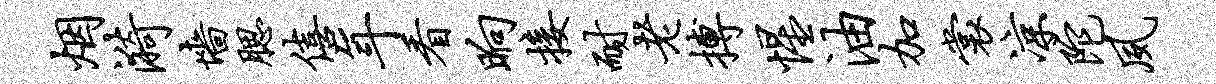
烟漪墙腮僖年看晌接耐老搏惺油加裳凉陀夙